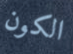
الكون